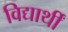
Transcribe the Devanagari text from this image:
विद्यार्थीं